Annual report on the Civil Veterinary Department, Burma (including the Insein Veterinary School) - 1910-1922
Year: 1910
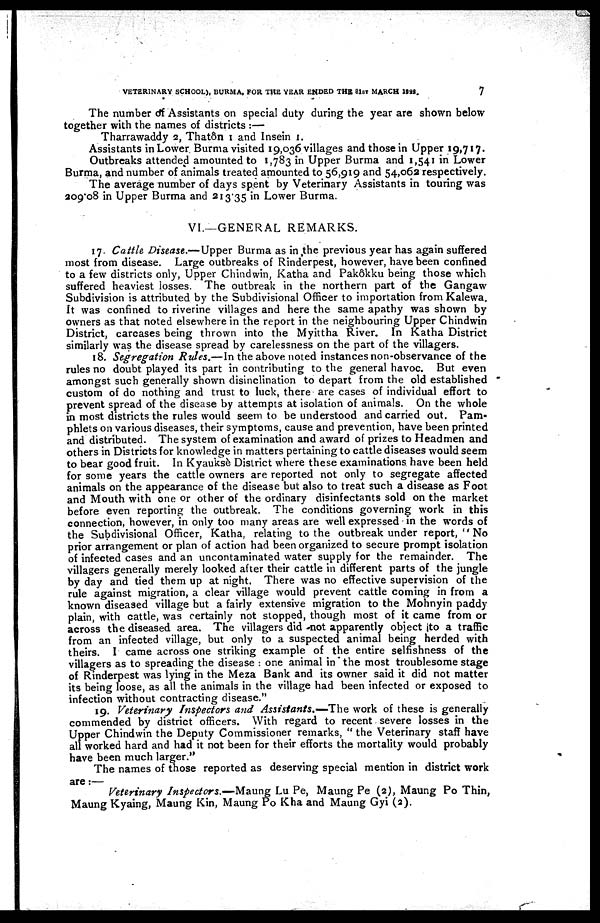
VETERINARY SCHOOL), BURMA, FOR THE YEAR ENDED THE 31ST MARCH 1922.
7
The number of Assistants on special duty during the year are shown below
together with the names of districts :—
Tharrawaddy 2, Thatôn 1 and Insein 1.
Assistants in Lower Burma visited 19,036 villages and those in Upper 19,717.
Outbreaks attended amounted to 1,783 in Upper Burma and 1,541 in Lower
Burma, and number of animals treated amounted to 56,919 and 54,062 respectively.
The average number of days spent by Veterinary Assistants in touring was
209.08 in Upper Burma and 213.35 in Lower Burma.
VI.—GENERAL REMARKS.
17. Cattle Disease.—Upper Burma as in the previous year has again suffered
most from disease. Large outbreaks of Rinderpest, however, have been confined
to a few districts only, Upper Chindwin, Katha and Pakôkku being those which
suffered heaviest losses. The outbreak in the northern part of the Gangaw
Subdivision is attributed by the Subdivisional Officer to importation from Kalewa.
It was confined to riverine villages and here the same apathy was shown by
owners as that noted elsewhere in the report in the neighbouring Upper Chindwin
District, carcases being thrown into the Myittha River. In Katha District
similarly was the disease spread by carelessness on the part of the villagers.
18. Segregation Rules.—In the above noted instances non-observance of the
rules no doubt played its part in contributing to the general havoc. But even
amongst such generally shown disinclination to depart from the old established
custom of do nothing and trust to luck, there are cases of individual effort to
prevent spread of the disease by attempts at isolation of animals. On the whole
in most districts the rules would seem to be understood and carried out. Pam-
phlets on various diseases, their symptoms, cause and prevention, have been printed
and distributed. The system of examination and award of prizes to Headmen and
others in Districts for knowledge in matters pertaining to cattle diseases would seem
to bear good fruit. In Kyauksè District where these examinations have been held
for some years the cattle owners are reported not only to segregate affected
animals on the appearance of the disease but also to treat such a disease as Foot
and Mouth with one or other of the ordinary disinfectants sold on the market
before even reporting the outbreak. The conditions governing work in this
connection, however, in only too many areas are well expressed in the words of
the Subdivisional Officer, Katha, relating to the outbreak under report, " No
prior arrangement or plan of action had been organized to secure prompt isolation
of infected cases and an uncontaminated water supply for the remainder. The
villagers generally merely looked after their cattle in different parts of the jungle
by day and tied them up at night. There was no effective supervision of the
rule against migration, a clear village would prevent cattle coming in from a
known diseased village but a fairly extensive migration to the Mohnyin paddy
plain, with cattle, was certainly not stopped, though most of it came from or
across the diseased area. The villagers did not apparently object to a traffic
from an infected village, but only to a suspected animal being herded with
theirs. I came across one striking example of the entire selfishness of the
villagers as to spreading the disease : one animal in the most troublesome stage
of Rinderpest was lying in the Meza Bank and its owner said it did not matter
its being loose, as all the animals in the village had been infected or exposed to
infection without contracting disease."
19. Veterinary Inspectors and Assistants.—-The work of these is generally
commended by district officers. With regard to recent severe losses in the
Upper Chindwin the Deputy Commissioner remarks, " the Veterinary staff have
all worked hard and had it not been for their efforts the mortality would probably
have been much larger."
The names of those reported as deserving special mention in district work
are:—
Veterinary Inspectors.—Maung Lu Pe, Maung Pe (2), Maung Po Thin,
Maung Kyaing, Maung Kin, Maung Po Kha and Maung Gyi (2).